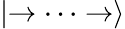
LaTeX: \left\vert\rightarrow\cdots\rightarrow\right\rangle